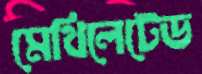
মেথিলেটেড